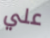
علي